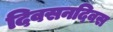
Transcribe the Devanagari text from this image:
दिवसनदिवस